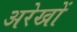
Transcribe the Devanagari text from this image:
अरेखों